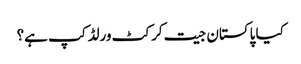
کیا پاکستان جیت کرکٹ ورلڈ کپ ہے؟